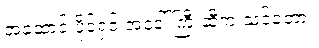
အဆောင် ပိုင်ရှင် အဒေါ်ကြီးဆီက သင်ခဲ့တာ။